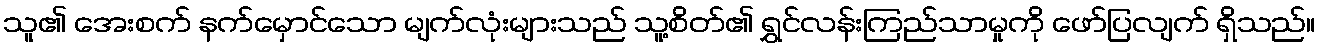
သူ၏ အေးစက် နက်မှောင်သော မျက်လုံးများသည် သူ့စိတ်၏ ရွှင်လန်းကြည်သာမှုကို ဖော်ပြလျက် ရှိသည်။